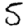
Digit: 5